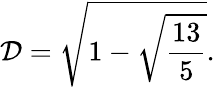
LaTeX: \mathcal{D}=\sqrt{1-\sqrt{\frac{13}{5}}}.